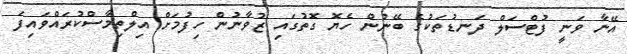
އޭނާ ވަނީ ފުޓްސަލް ދަނޑުތަކުގެ ބޭނުން ހެޔޮ ގޮތުގައި ޒުވާނުން ހިފުމަށް އިލްތިމާސްކުރައްވައިފަ